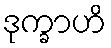
ဒုက္ခာဟိ